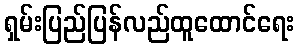
ရှမ်းပြည်ပြန်လည်ထူထောင်ရေး